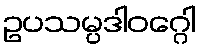
ဥပသမ္ပဒါဝဂ္ဂေါ